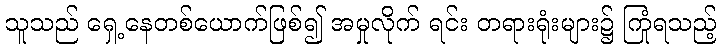
သူသည် ရှေ့နေတစ်ယောက်ဖြစ်၍ အမှုလိုက် ရင်း တရားရုံးများ၌ ကြုံရသည့်